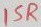
Text: 15R